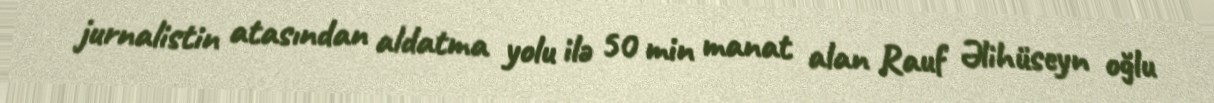
jurnalistin atasından aldatma yolu ilə 50 min manat alan Rauf Əlihüseyn oğlu